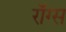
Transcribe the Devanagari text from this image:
रॉग्स